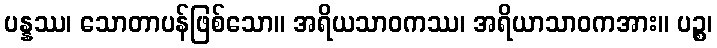
ပန္နဿ၊ သောတာပန်ဖြစ်သော။ အရိယသာဝကဿ၊ အရိယာသာဝကအား။ ပဉ္စ၊